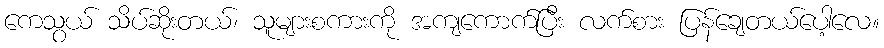
ကေသွယ် သိပ်ဆိုးတယ်၊ သူများစကားကို အကျကောက်ပြီး လက်စား ပြန်ချေတယ်ပေါ့လေ။